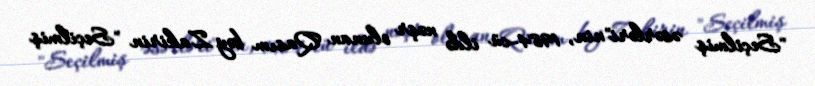
"Seçilmiş əsərləri"nin, 1984-cü ildə nəşr olunan Qasım bəy Zakirin "Seçilmiş